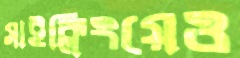
সাইক্লিংয়েও